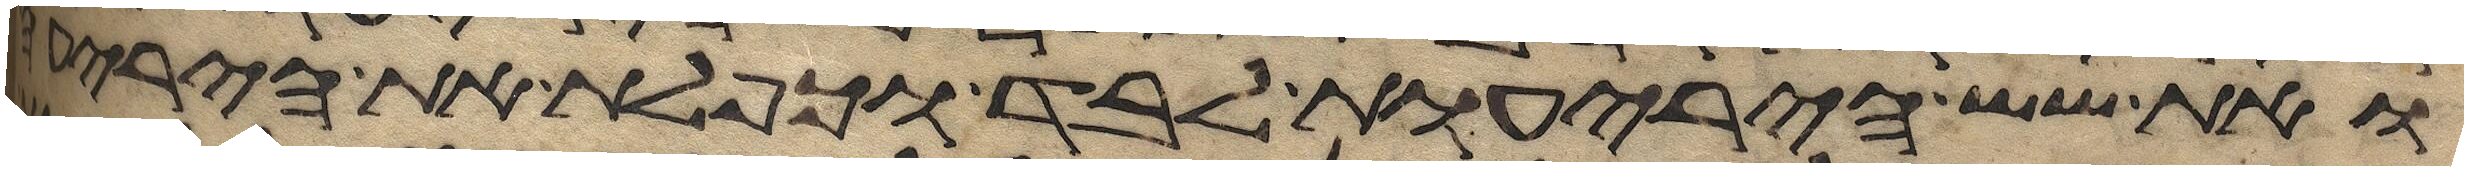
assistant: ואת שש היריעות לבד וכפלת את היריעה